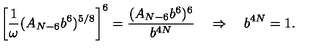
\left[ \frac { 1 } { \omega } ( A _ { N - 6 } b ^ { 6 } ) ^ { 5 / 8 } \right] ^ { 6 } = \frac { ( A _ { N - 6 } b ^ { 6 } ) ^ { 6 } } { b ^ { 4 N } } \quad \Rightarrow \quad b ^ { 4 N } = 1 .